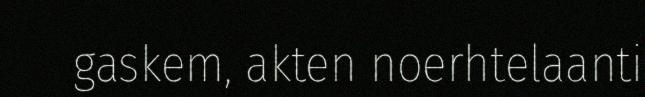
gaskem, akten noerhtelaanti